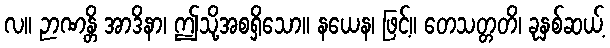
လ။ ဉာဏန္တိ အာဒိနာ၊ ဤသို့အစရှိသော။ နယေန၊ ဖြင့်။ တေသတ္တတိ၊ ခုနှစ်ဆယ့်